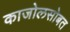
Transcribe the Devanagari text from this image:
काजोलसोबत